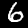
Digit: 6